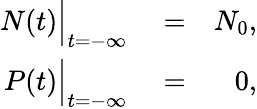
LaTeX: \begin{array}{rlr}{N(t)\Big|_{t=-\infty}}&{{}=}&{N_{0},}\\ {P(t)\Big|_{t=-\infty}}&{{}=}&{0,}\end{array}